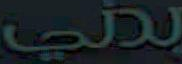
بدي